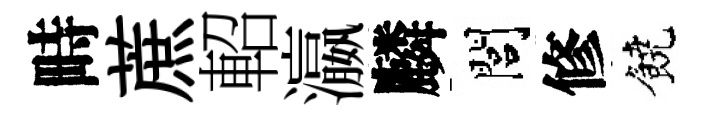
畤蔗軺瀛麟閭修饒